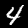
Label: 4